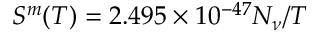
S ^ { m } ( T ) = 2 . 4 9 5 \times 1 0 ^ { - 4 7 } N _ { \nu } / T